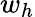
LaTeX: w_{h}